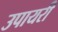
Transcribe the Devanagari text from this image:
उपायरी